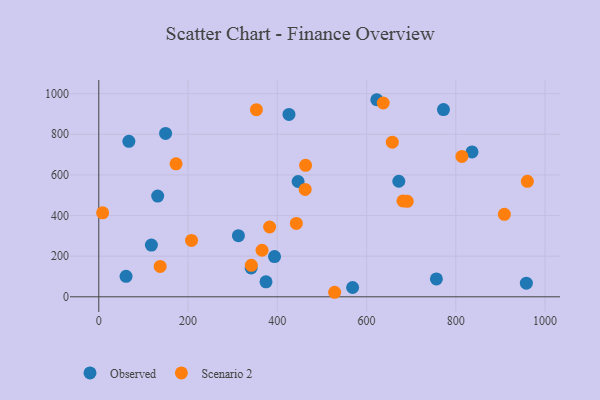
{"axis": {"x": "Experience", "y": "Demand"}, "legend": ["Observed", "Scenario 2"], "data": [{"x": "426.2", "y": 897.6, "type": "Observed"}, {"x": "374.7", "y": 73.7, "type": "Observed"}, {"x": "341.4", "y": 142.0, "type": "Observed"}, {"x": "622.9", "y": 970.1, "type": "Observed"}, {"x": "132.0", "y": 495.6, "type": "Observed"}, {"x": "61.1", "y": 100.6, "type": "Observed"}, {"x": "149.7", "y": 804.1, "type": "Observed"}, {"x": "756.5", "y": 87.8, "type": "Observed"}, {"x": "393.8", "y": 198.1, "type": "Observed"}, {"x": "672.3", "y": 568.7, "type": "Observed"}, {"x": "958.1", "y": 67.1, "type": "Observed"}, {"x": "446.6", "y": 567.6, "type": "Observed"}, {"x": "312.9", "y": 300.8, "type": "Observed"}, {"x": "67.4", "y": 765.4, "type": "Observed"}, {"x": "117.9", "y": 254.5, "type": "Observed"}, {"x": "568.8", "y": 45.8, "type": "Observed"}, {"x": "772.4", "y": 921.7, "type": "Observed"}, {"x": "836.4", "y": 713.2, "type": "Observed"}, {"x": "137.5", "y": 149.7, "type": "Scenario 2"}, {"x": "8.6", "y": 413.5, "type": "Scenario 2"}, {"x": "442.7", "y": 361.1, "type": "Scenario 2"}, {"x": "365.8", "y": 229.2, "type": "Scenario 2"}, {"x": "657.7", "y": 761.3, "type": "Scenario 2"}, {"x": "382.8", "y": 343.7, "type": "Scenario 2"}, {"x": "637.4", "y": 953.9, "type": "Scenario 2"}, {"x": "528.5", "y": 22.3, "type": "Scenario 2"}, {"x": "173.1", "y": 654.4, "type": "Scenario 2"}, {"x": "681.6", "y": 472.1, "type": "Scenario 2"}, {"x": "960.4", "y": 568.6, "type": "Scenario 2"}, {"x": "813.7", "y": 690.8, "type": "Scenario 2"}, {"x": "207.8", "y": 277.6, "type": "Scenario 2"}, {"x": "908.8", "y": 405.8, "type": "Scenario 2"}, {"x": "341.8", "y": 154.8, "type": "Scenario 2"}, {"x": "463.4", "y": 647.2, "type": "Scenario 2"}, {"x": "462.5", "y": 528.8, "type": "Scenario 2"}, {"x": "353.2", "y": 920.9, "type": "Scenario 2"}, {"x": "691.2", "y": 470.0, "type": "Scenario 2"}]}